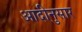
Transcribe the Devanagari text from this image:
आदीनुसार